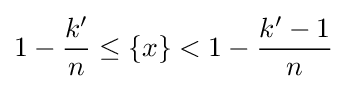
1-{\frac {k'}{n}}\leq \{x\}<1-{\frac {k'-1}{n}}